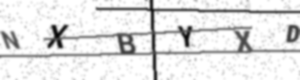
Text: NXBYXD